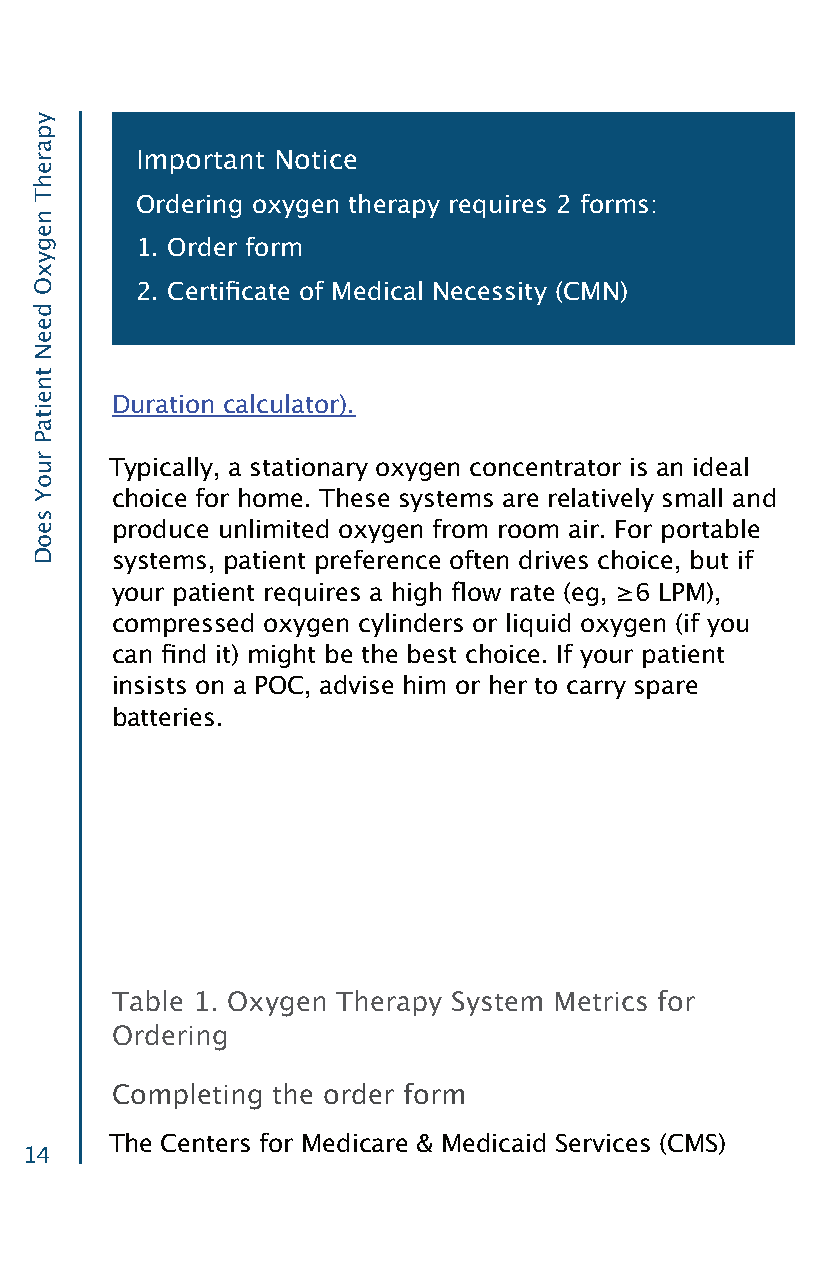
Important Notice
 Ordering oxygen therapy requires 2 forms:
 1. Order form
 2. Certificate of Medical Necessity (CMN)
 Duration calculator).
 Typically, a stationary oxygen concentrator is an ideal
 choice for home. These systems are relatively small and
 produce unlimited oxygen from room air. For portable
 systems, patient preference often drives choice, but if
 your patient requires a high flow rate (eg, ≥6 LPM),
 compressed oxygen cylinders or liquid oxygen (if you
 can find it) might be the best choice. If your patient
 insists on a POC, advise him or her to carry spare
 batteries.
 Table 1. Oxygen Therapy System Metrics for
 Ordering
 Completing the order form
 The Centers for Medicare & Medicaid Services (CMS)
 14
 yparehT
 negyxO
 deeN
 tneitaP
 ruoY
 seoD